Parnu_Linna_Vaeslastekohus, lk 6
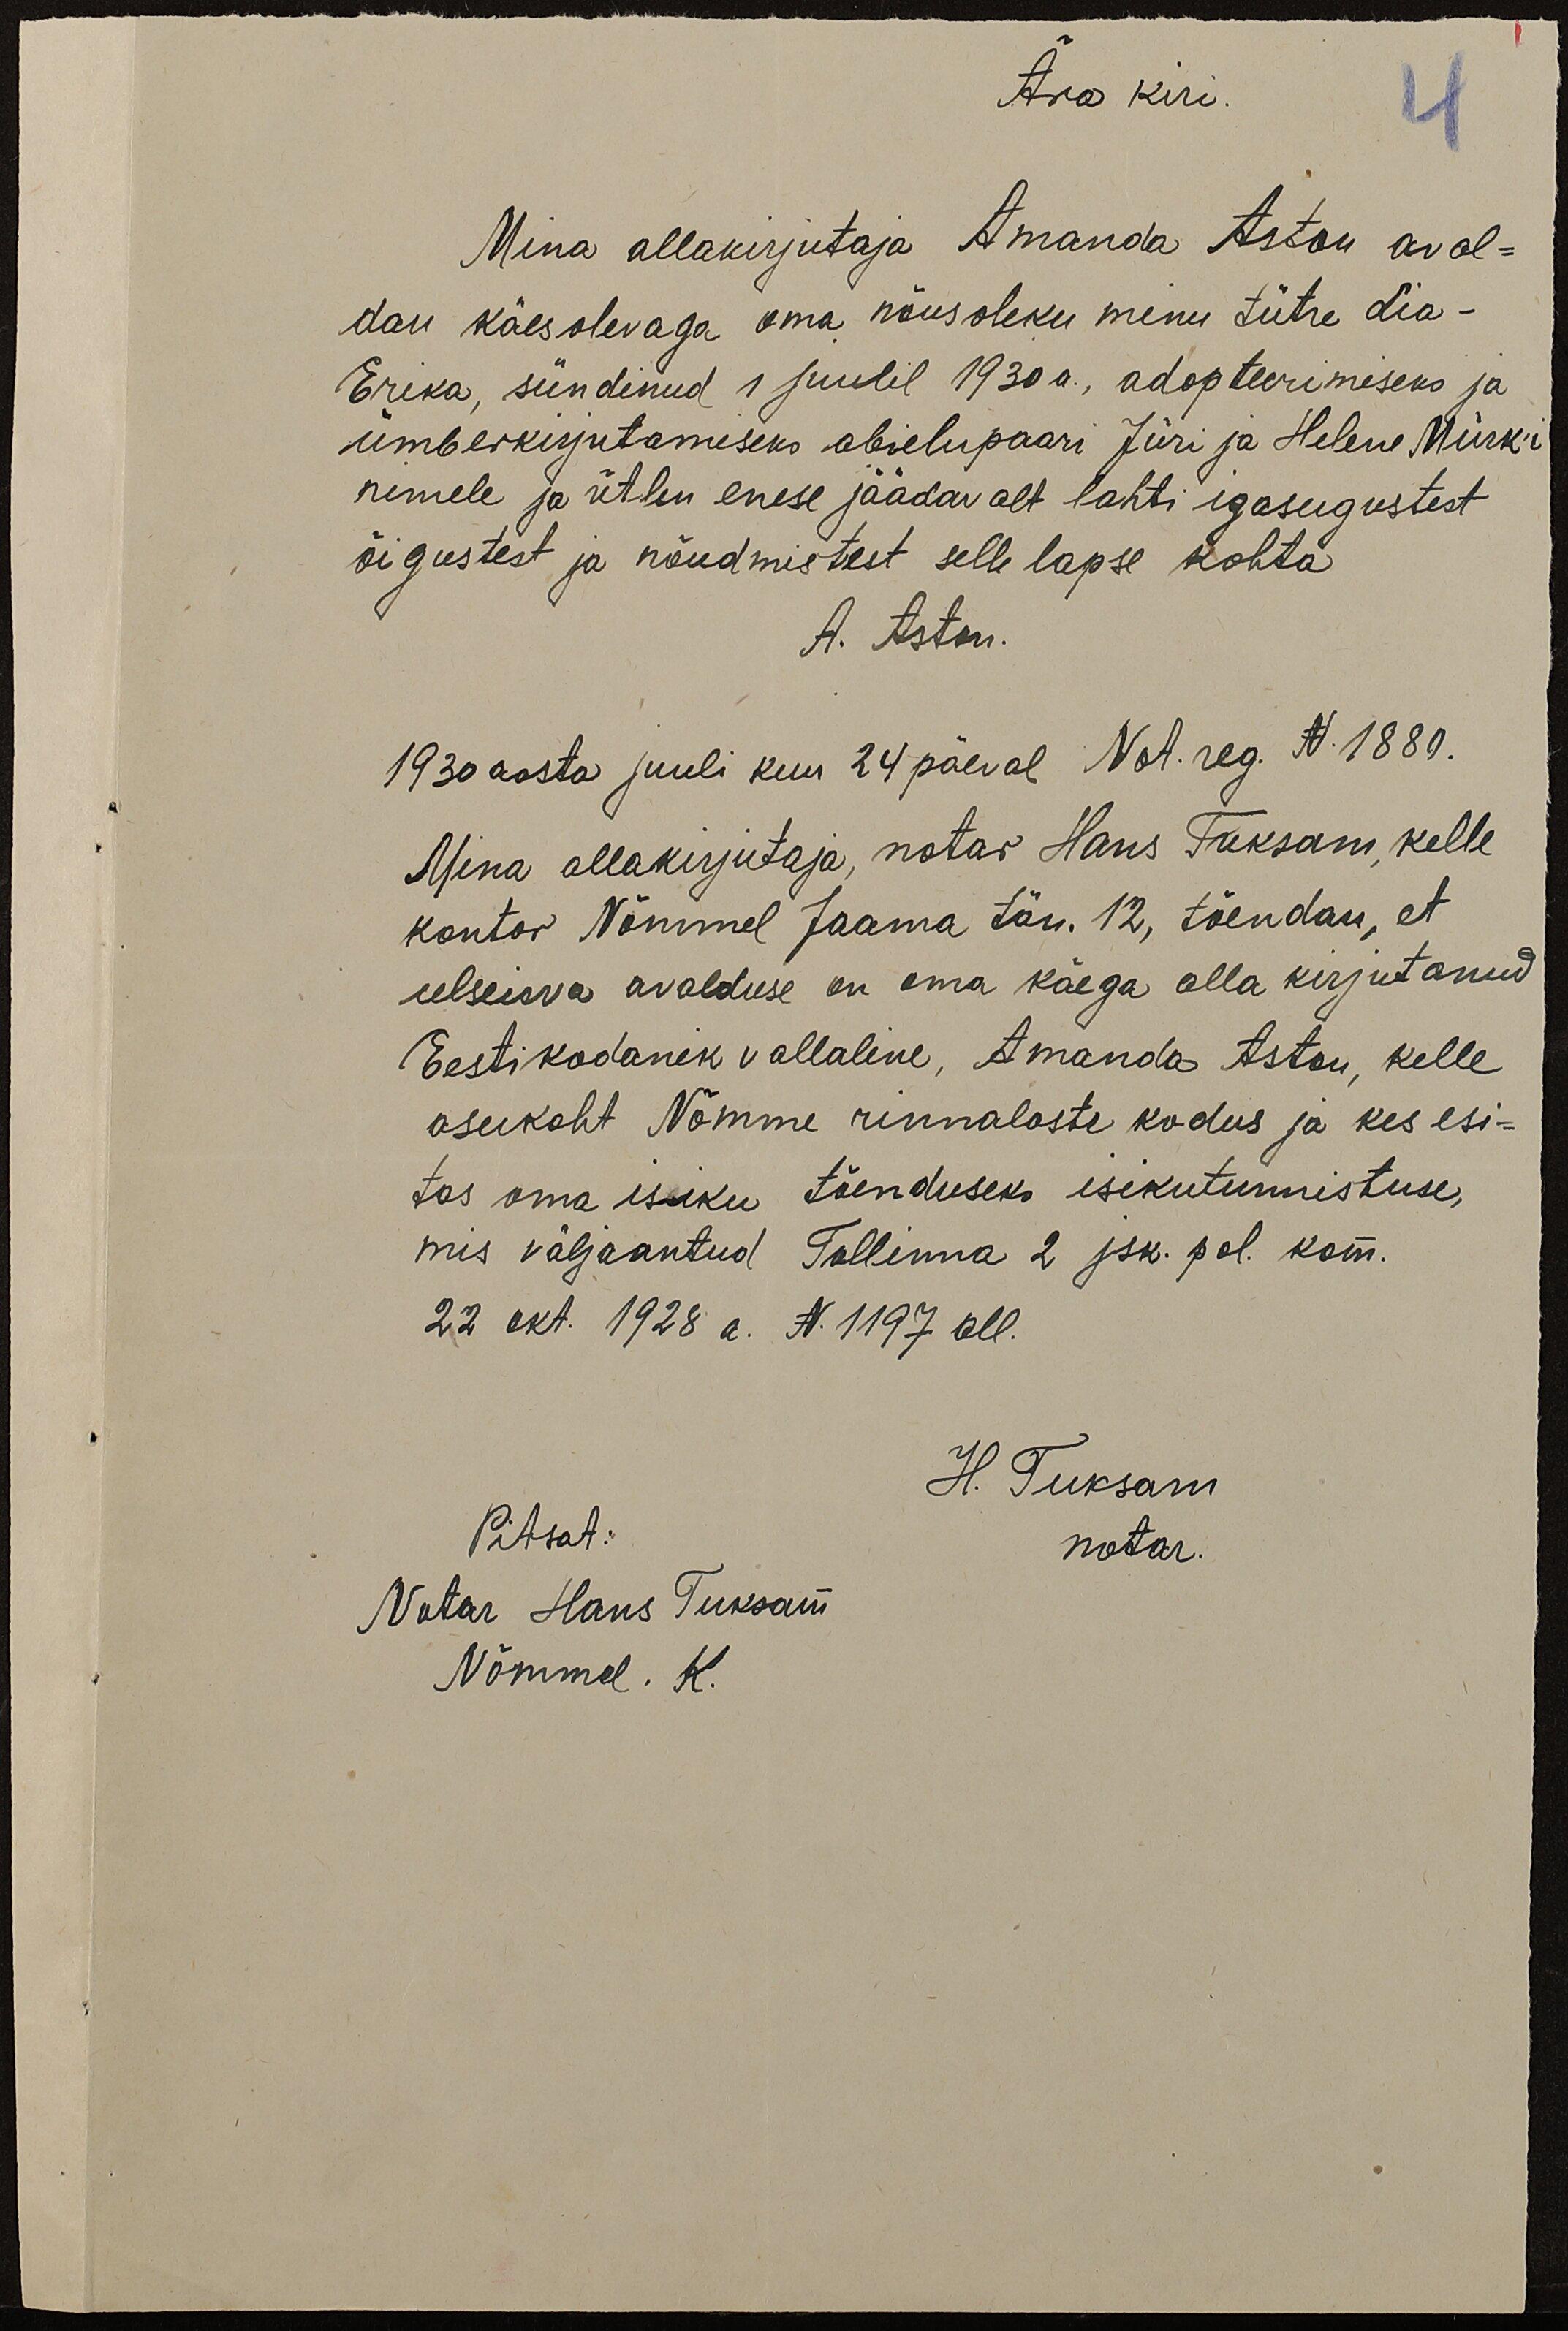
Ära kiri
4
Mina allakirjutaja Amanda Aston aval-
dan käesolevaga oma nõusoleku minu tütre Lia-
Erika, sündinud 1 juulil 1930a., adopteerimiseks ja
ümberkirjutamiseks abielupaari Jüri ja Helene Mürk`i
nimele ja ütlen enese jäädavalt lahti igasugustest
õigustest ja nõudmistest selle lapse kohta
A. Aston.
1930 aasta juuli kuu 24 päeval Not. reg. N 1880.
Mina allakirjutaja, notar Hans Tuksam, kelle
kontor Nõmmel Jaama tän. 12, tõendan, et
eelseisva avalduse on oma käega alla kirjutanud
Eesti kodanik vallaline, Amanda Aston, kelle
asukoht Nõmme rinnalaste kodus ja kes esi-
tas oma isiku tõenduseks isikutunnistuse,
mis väljaantud Tallinna 2 jsk. pol. kom.
22 okt. 1928 a. N. 1197 all.
H. Tuksam
notar.
Pitsat:
Notar Hans Tuksam
Nõmmel. K.